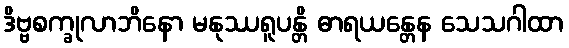
ဒိဗ္ဗစက္ခုလာဘိနော မနုဿရူပန္တိ ဓာရယန္တေန သေသဂါထာ